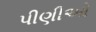
પીણીઓ